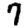
Digit: 7